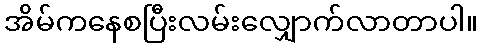
အိမ်ကနေစပြီးလမ်းလျှောက်လာတာပါ။